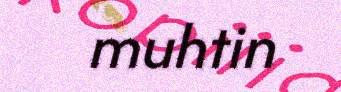
muhtin